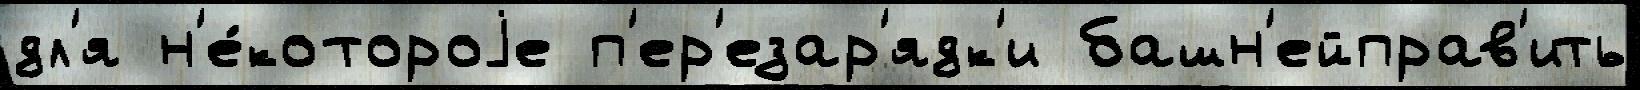
дл'я н'е́котороjе п'ер'езар'ядк'и башн'ейправ'ить